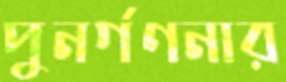
পুনর্গণনার